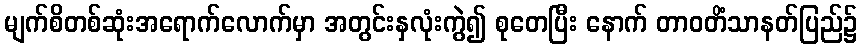
မျက်စိတစ်ဆုံးအရောက်လောက်မှာ အတွင်းနှလုံးကွဲ၍ စုတေပြီး နောက် တာဝတိံသာနတ်ပြည်၌